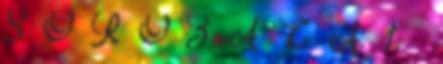
S O R O Z A T A. 1.